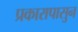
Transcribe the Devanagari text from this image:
प्रकारापासुन